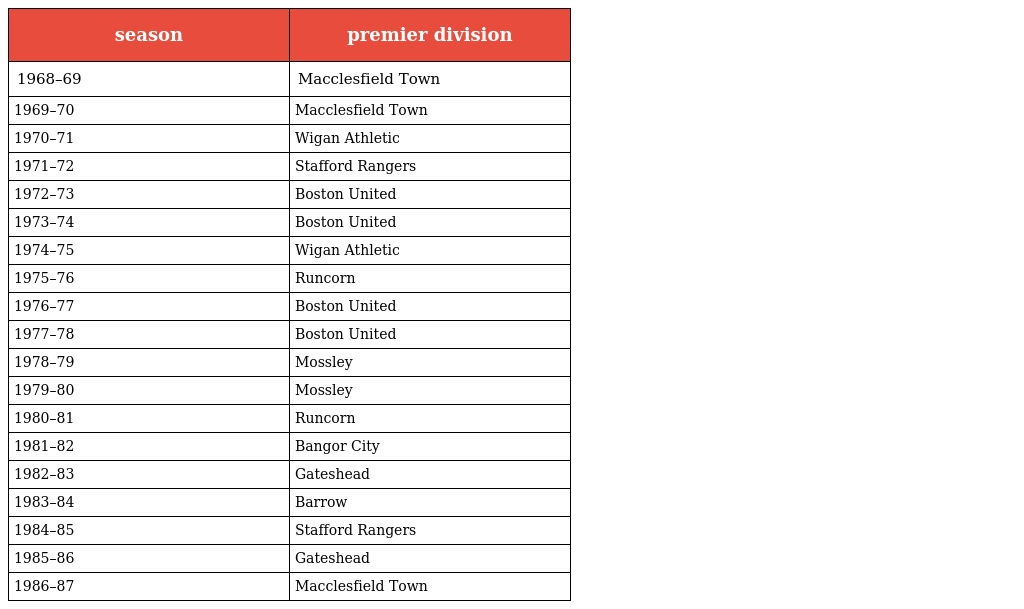
| season | premier division |
 | --- | --- |
 | 1968–69 | Macclesfield Town |
 | 1969–70 | Macclesfield Town |
 | 1970–71 | Wigan Athletic |
 | 1971–72 | Stafford Rangers |
 | 1972–73 | Boston United |
 | 1973–74 | Boston United |
 | 1974–75 | Wigan Athletic |
 | 1975–76 | Runcorn |
 | 1976–77 | Boston United |
 | 1977–78 | Boston United |
 | 1978–79 | Mossley |
 | 1979–80 | Mossley |
 | 1980–81 | Runcorn |
 | 1981–82 | Bangor City |
 | 1982–83 | Gateshead |
 | 1983–84 | Barrow |
 | 1984–85 | Stafford Rangers |
 | 1985–86 | Gateshead |
 | 1986–87 | Macclesfield Town |